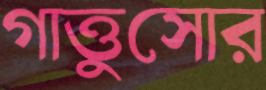
গাত্তুসোর